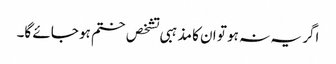
اگر یہ نہ ہو تو ان کا مذہبی تشخص ختم ہو جائے گا۔